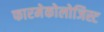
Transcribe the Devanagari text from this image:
फारमेकोलोजिस्ट